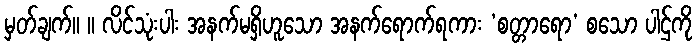
မှတ်ချက်။ ။ လိင်သုံးပါး အနက်မရှိဟူသော အနက်ရောက်ရကား ‘စတ္တာရော’ စသော ပါဌ်ကို